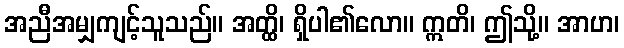
အညီအမျှကျင့်သူသည်။ အတ္ထိ၊ ရှိပါ၏လော။ ဣတိ၊ ဤသို့။ အာဟ၊